Civil Veterinary Department Bihar & Orissa reports 1911-21 - 1911-1921
Year: 1911
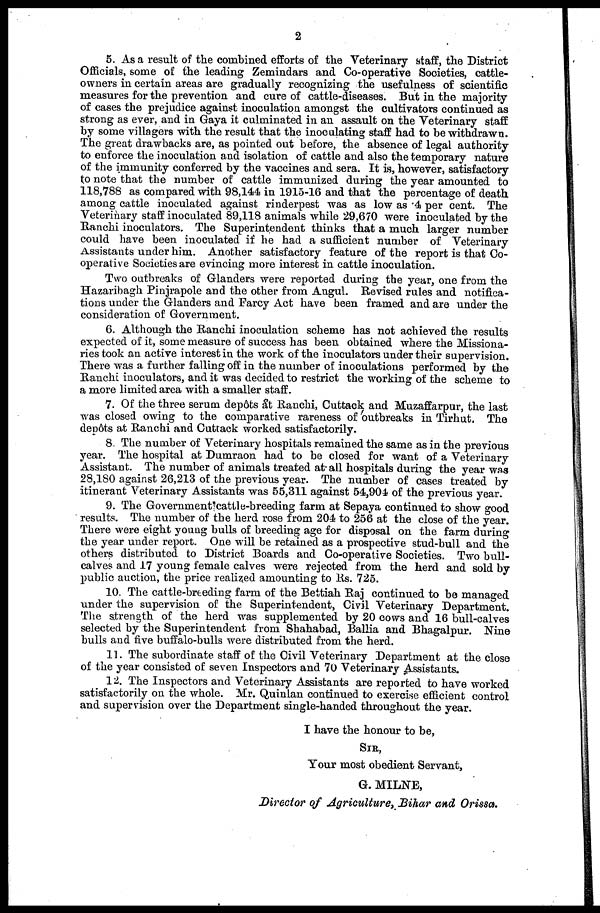
2
5. As a result of the combined efforts of the Veterinary staff, the District
Officials, some of the leading Zemindars and Co-operative Societies, cattle-
owners in certain areas are gradually recognizing the usefulness of scientific
measures for the prevention and cure of cattle-diseases. But in the majority
of cases the prejudice against inoculation amongst the cultivators continued as
strong as ever, and in Gaya it culminated in an assault on the Veterinary staff
by some villagers with the result that the inoculating staff had to be withdrawn.
The great drawbacks are, as pointed out before, the absence of legal authority
to enforce the inoculation and isolation of cattle and also the temporary nature
of the immunity conferred by the vaccines and sera. It is, however, satisfactory
to note that the number of cattle immunized during the year amounted to
118,788 as compared with 98,144 in 1915-16 and that the percentage of death
among cattle inoculated against rinderpest was as low as 4 per cent. The
Veterinary staff inoculated 89,118 animals while 29,670 were inoculated by the
Ranchi inoculators. The Superintendent thinks that a much larger number
could have been inoculated if he had a sufficient number of Veterinary
Assistants under him. Another satisfactory feature of the report is that Co-
operative Societies are evincing more interest in cattle inoculation.
Two outbreaks of Glanders were reported during the year, one from the
Hazaribagh Pinjrapole and the other from Angul. Revised rules and notifica-
tions under the Glanders and Farcy Act have been framed and are under the
consideration of Government.
6. Although the Ranchi inoculation scheme has not achieved the results
expected of it, some measure of success has been obtained where the Missiona-
ries took an active interest in the work of the inoculators under their supervision.
There was a further falling off in the number of inoculations performed by the
Ranchi. inoculators, and it was decided to restrict the working of the scheme to
a more limited area with a smaller staff.
7. Of the three serum dep6ts at Ranchi, Cuttack and Muzaffarpur, the last
was closed owing to the comparative rareness of outbreaks in Tirhut. The
dep6ts at Ranchi and Cuttack worked satisfactorily.
8 The number of Veterinary hospitals remained the same as in the previous
year. The hospital at Dumraon had to be closed for want of a Veterinary
Assistant. The number of animals treated at all hospitals during the year was
28,180 against 26,213 of the previous year. The number of cases treated by
itinerant Veterinary Assistants was 55,311 against 54,904 of the previous year.
9. The Government cattle-breeding farm at Sepaya continued to show good
results. The number of the herd rose from 204 to 256 at the close of the year.
There were eight young bulls of breeding age for disposal on the farm during
the year under report. One will be retained as a prospective stud-bull and the
others distributed to District Boards and Co-operative Societies. Two bull-
calves and 17 young female calves were rejected from the herd and sold by
public auction, the price realized amounting to Rs. 725.
10. The cattle-breeding farm of the Bettiah Raj continued to be managed
under the supervision of the Superintendent, Civil Veterinary Department.
The strength of the herd was supplemented by 20 cows and 16 bull-calves
selected by the Superintendent from Shahabad, Ballia and Bhagalpur. Nine
bulls and five buffalo-bulls were distributed from the herd.
11. The subordinate staff of the Civil Veterinary Department at the close
of the year consisted of seven Inspectors and 70 Veterinary Assistants.
12. The Inspectors and Veterinary Assistants are reported to have worked
satisfactorily on the whole. Mr. Quinlan continued to exercise efficient control
and supervision over the Department single-handed throughout the year.
I have the honour to be,
SIR,
Your most obedient Servant,
G. MILNE,
Director of Agriculture, Bihar and Orissa.